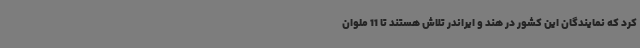
کرد که نمایندگان این کشور در هند و ایراندر تلاش هستند تا 11 ملوان